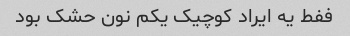
ففط یه ایراد کوچیک یکم نون حشک بود